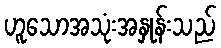
ဟူသောအသုံးအနှုန်းသည်